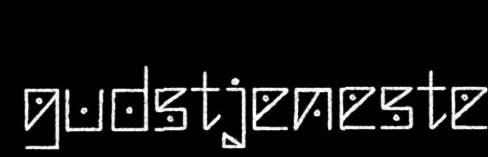
gudstjeneste